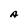
Character: A